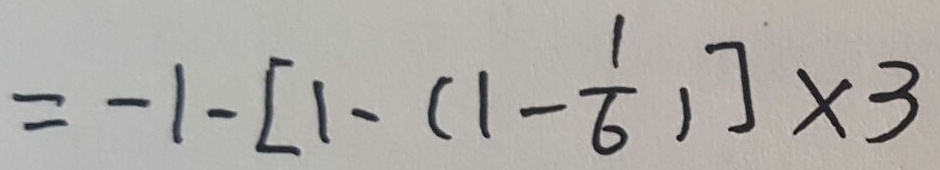
= - 1 - [ 1 - ( 1 - \frac { 1 } { 6 } ) ] \times 3